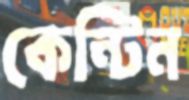
কেন্টিন